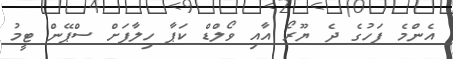
އެންމެ ފަހުގެ ދެ ޔޫރޯ އާއި ވޯލްޑް ކަޕާ ހިލާފަށް ސްޕޭން ޓީމު